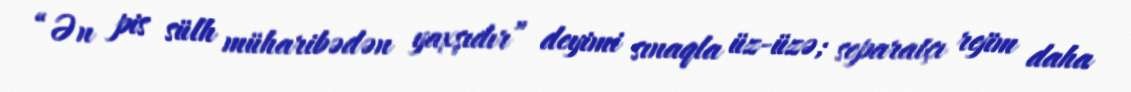
“Ən pis sülh müharibədən yaxşıdır” deyimi sınaqla üz-üzə; separatçı rejim daha